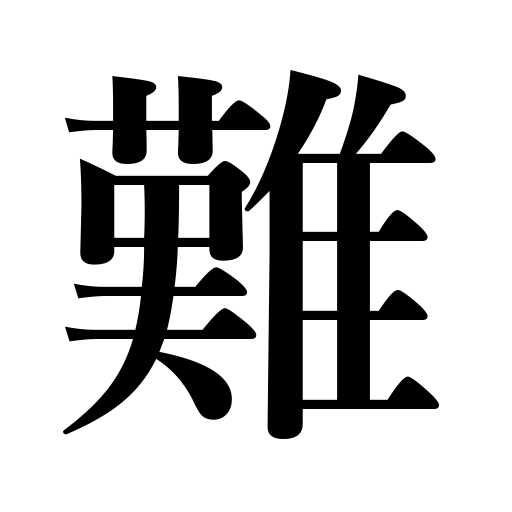
Meanings: difficulty,trouble,impossible,criticism,hard,hopeless,stern,defect,doubtful,accident,delicate,technical,difficult,serious,disaster,troublesome,hard to please,sullen